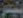
بندر